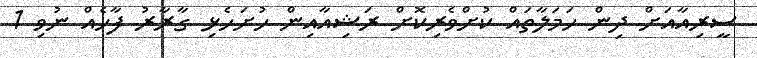
ސީރިއާއަށް ދިން ހަމަލާތައް ކުށްވެރިކޮށް ރަޝިއާއިން ހުށަހެޅި ގާރާރު ފާހެއް ނުވި 1